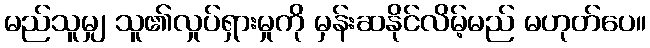
မည်သူမျှ သူ၏လှုပ်ရှားမှုကို မှန်းဆနိုင်လိမ့်မည် မဟုတ်ပေ။